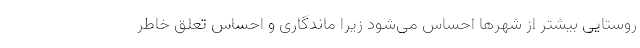
روستایی بیشتر از شهرها احساس می‌شود زیرا ماندگاری و احساس تعلق خاطر